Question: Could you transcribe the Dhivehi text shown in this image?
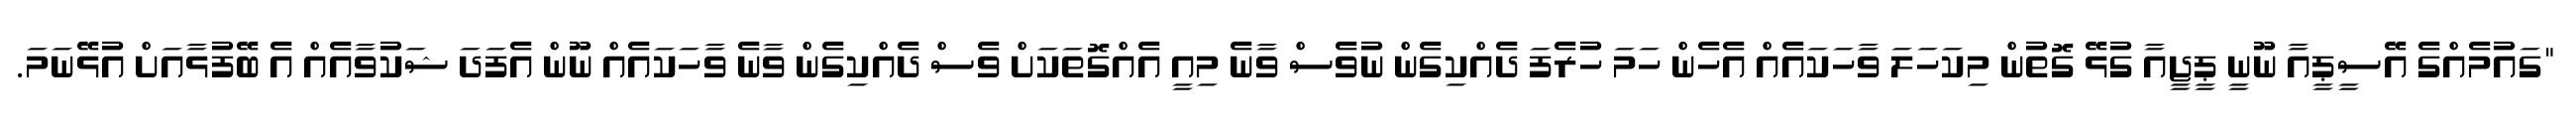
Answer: "ގައުމެއްގެ އޭސީޕީއާ ނޫނީ ޕީޖީއާ ގުޅޭ ގޮތުން މިކަހަލަ ވާހަކައެއް އެހެން ހަމަ ހުރެފަ ދެއްކިގެން ނުވެސް ވާނެ މިއީ އެއްގޮތަކަށް ވެސް ދެއްކިގެން ވާނެ ވާހަކައެއް ނޫން އެފަދަ ޝަކުވާއެއް އެ ބޭފުޅާއަށް އުޅޭނަމަ.